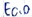
Text: E0.0